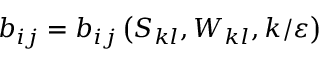
b _ { i j } = b _ { i j } \left( S _ { k l } , W _ { k l } , k / \varepsilon \right)